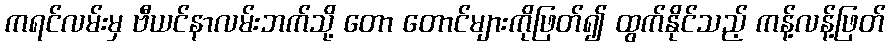
ကရင်လမ်းမှ ဗီယင်နာလမ်းဘက်သို့ တော တောင်များကိုဖြတ်၍ ထွက်နိုင်သည့် ကန့်လန့်ဖြတ်